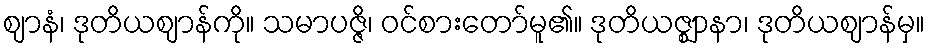
ဈာနံ၊ ဒုတိယဈာန်ကို။ သမာပဇ္ဇိ၊ ဝင်စားတော်မူ၏။ ဒုတိယဇ္ဈာနာ၊ ဒုတိယဈာန်မှ။